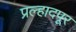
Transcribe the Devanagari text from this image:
प्रल्हादपूर